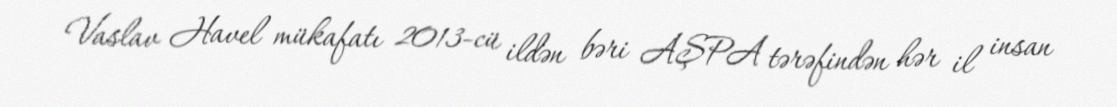
Vaslav Havel mükafatı 2013-cü ildən bəri AŞPA tərəfindən hər il insan